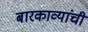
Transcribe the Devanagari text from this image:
बारकाव्यांची